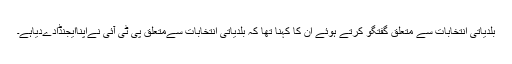
بلدیاتی انتخابات سے متعلق گفتگو کرتے ہوئے ان کا کہنا تھا کہ بلدیاتی انتخابات سےمتعلق پی ٹی آئی نےاپناایجنڈادےدیاہے۔